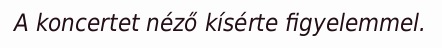
A koncertet néző kísérte figyelemmel.